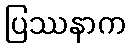
ပြဿနာက